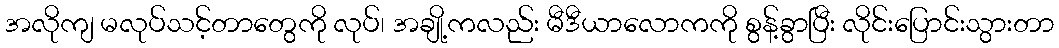
အလိုကျ မလုပ်သင့်တာတွေကို လုပ်၊ အချို့ကလည်း မီဒီယာလောကကို စွန့်ခွာပြီး လိုင်းပြောင်းသွားတာ